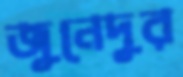
জুনেদুর